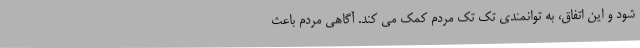
شود و این اتفاق، به توانمندی تک تک مردم کمک می کند. آگاهی مردم باعث